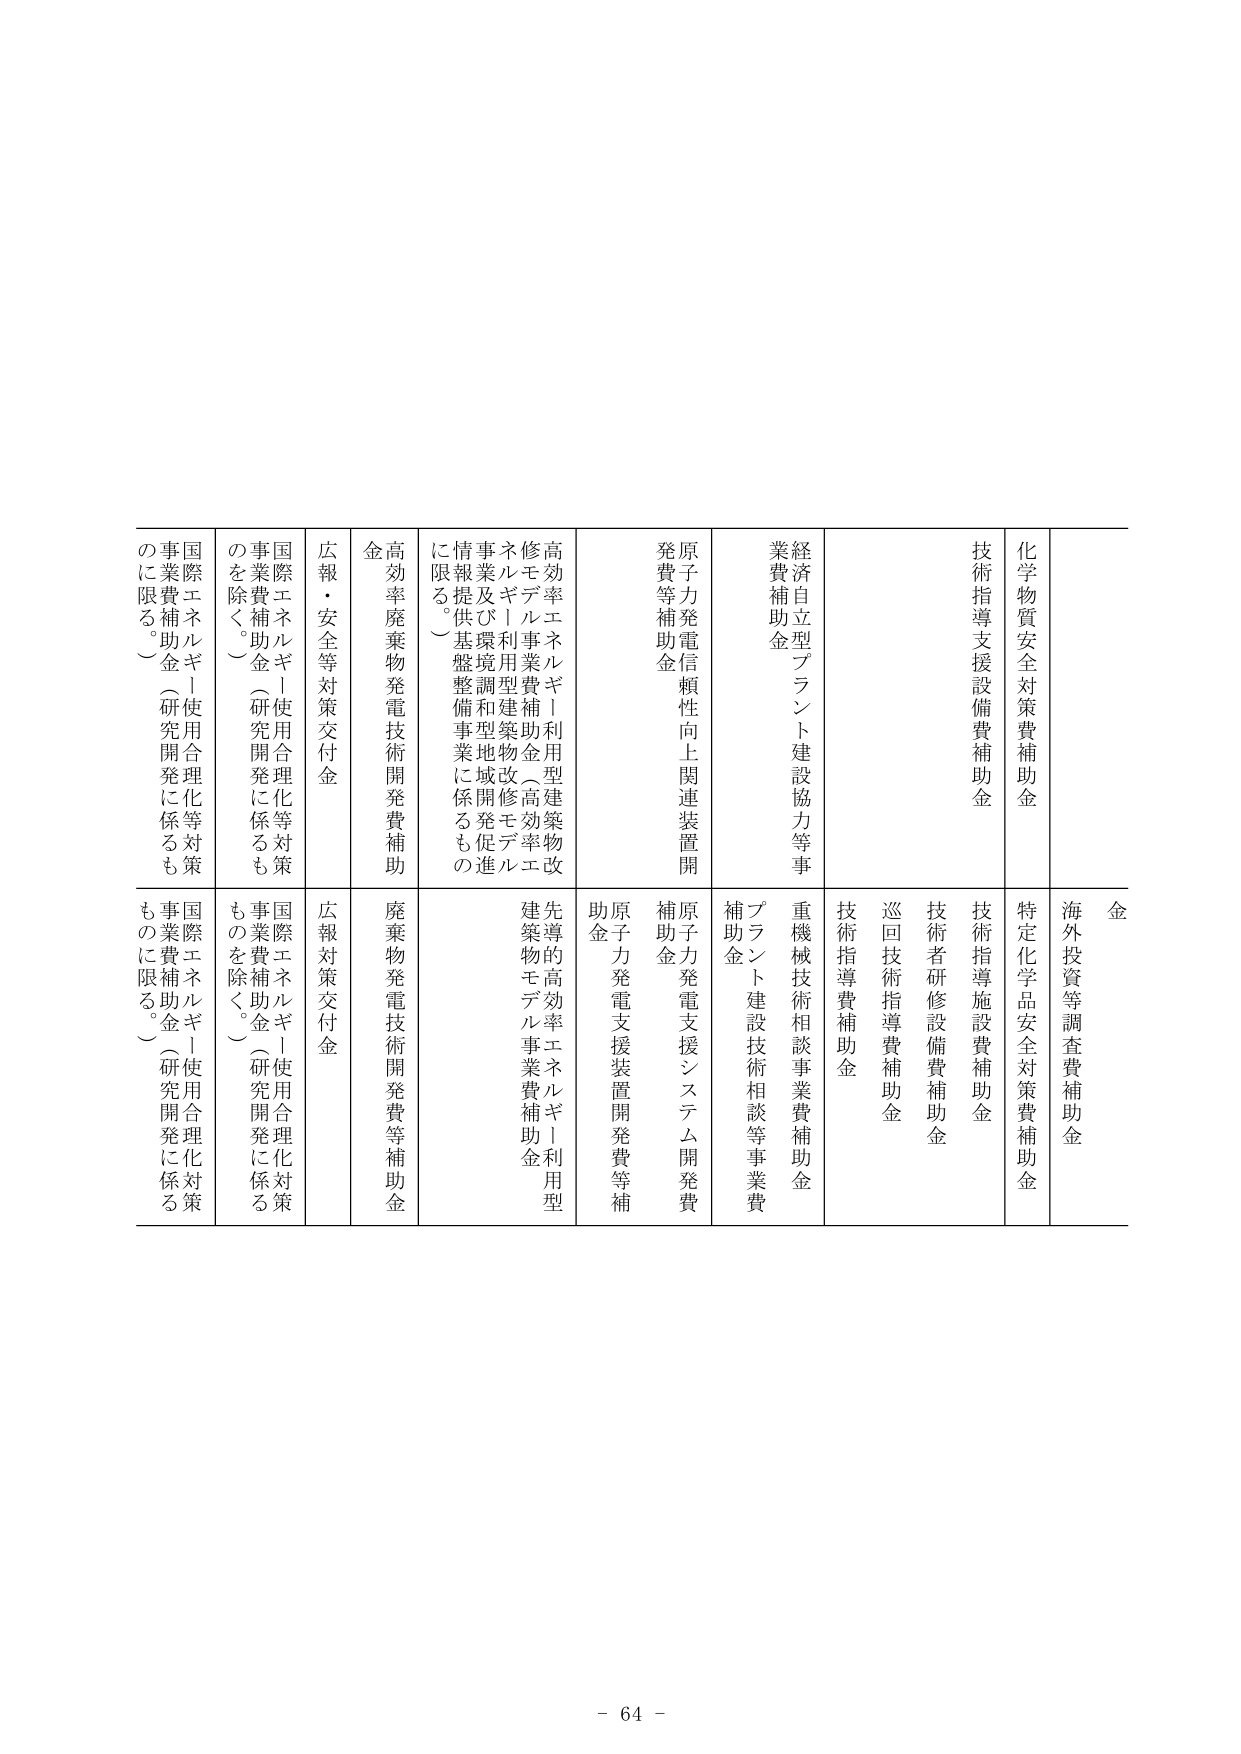
金
海外投資等調査費補助金
化学物質安全対策費補助金
特定化学品安全対策費補助金
技術指導支援設備費補助金
技術指導施設費補助金
技術者研修設備費補助金
巡回技術指導費補助金
技術指導費補助金
経済自立型プラント建設協力等事業費補助金
重機械技術相談事業費補助金
プラント建設技術相談等事業費補助金
原子力発電信頼性向上関連装置開発費等補助金
原子力発電支援システム開発費補助金
原子力発電支援装置開発費等補助金
高効率エネルギー利用型建築物改修モデル事業費補助金（高効率エネルギー利用型建築物改修促進事業及び環境調和型地域開発促進情報提供基盤整備事業に係るものに限る。）
先導的高効率エネルギー利用型建築物モデル事業費補助金
高効率廃棄物発電技術開発費補助金
廃棄物発電技術開発費等補助金
広報・安全等対策交付金
広報対策交付金
国際エネルギー使用合理化等対策事業費補助金（研究開発に係るものを除く。）
国際エネルギー使用合理化等対策事業費補助金（研究開発に係るものを除く。）
国際エネルギー使用合理化等対策事業費補助金（研究開発に係るものに限る。）
国際エネルギー使用合理化対策事業費補助金（研究開発に係るものに限る。）

- 64 -